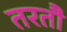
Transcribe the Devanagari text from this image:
तरतौ